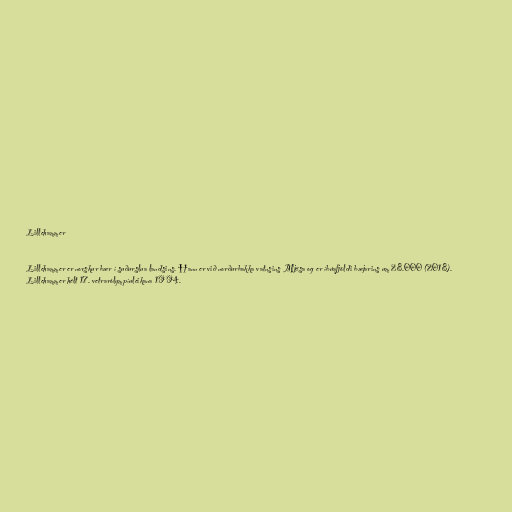
Lillehammer

Lillehammer er norskur bær í suðurslua landsins. Hann er við norðurbakka vatnsins Mjøsa og er íbúafjöldi bæjarins um 28.000 (2018).
Lillehammer hélt 17. vetrarólympíuleikana 1994.